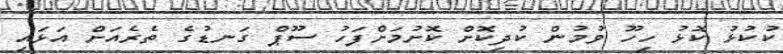
ކުކުޅު ކޮޅު ހިހޫ ވުމުން ކުދިކޮށް ކޮށުމަށްފަހު ސޫޕް ގަނޑުގެ ތެރެއަށް އަޅައި